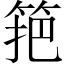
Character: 筢